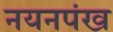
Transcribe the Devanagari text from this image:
नयनपंख